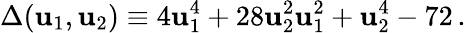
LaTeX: \Delta(\mathbf{u}_{1},\mathbf{u}_{2})\equiv4\mathbf{u}_{1}^{4}+28\mathbf{u}_{2}^{2}\mathbf{u}_{1}^{2}+\mathbf{u}_{2}^{4}-72\, .